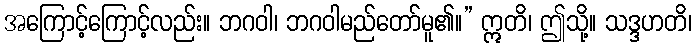
အကြောင့်ကြောင့်လည်း။ ဘဂဝါ၊ ဘဂဝါမည်တော်မူ၏။” ဣတိ၊ ဤသို့။ သဒ္ဒဟတိ၊